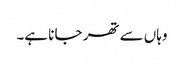
وہاں سے تھر جا نا ہے۔